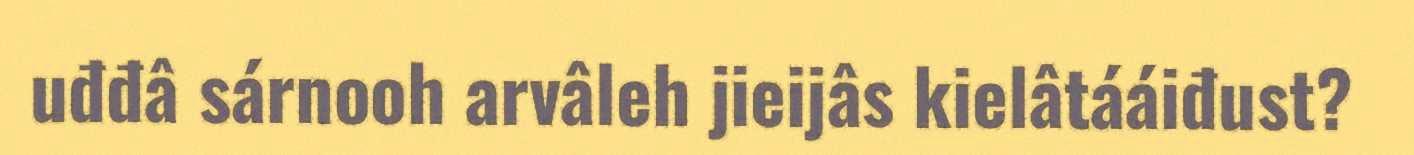
uđđâ sárnooh arvâleh jieijâs kielâtááiđust?